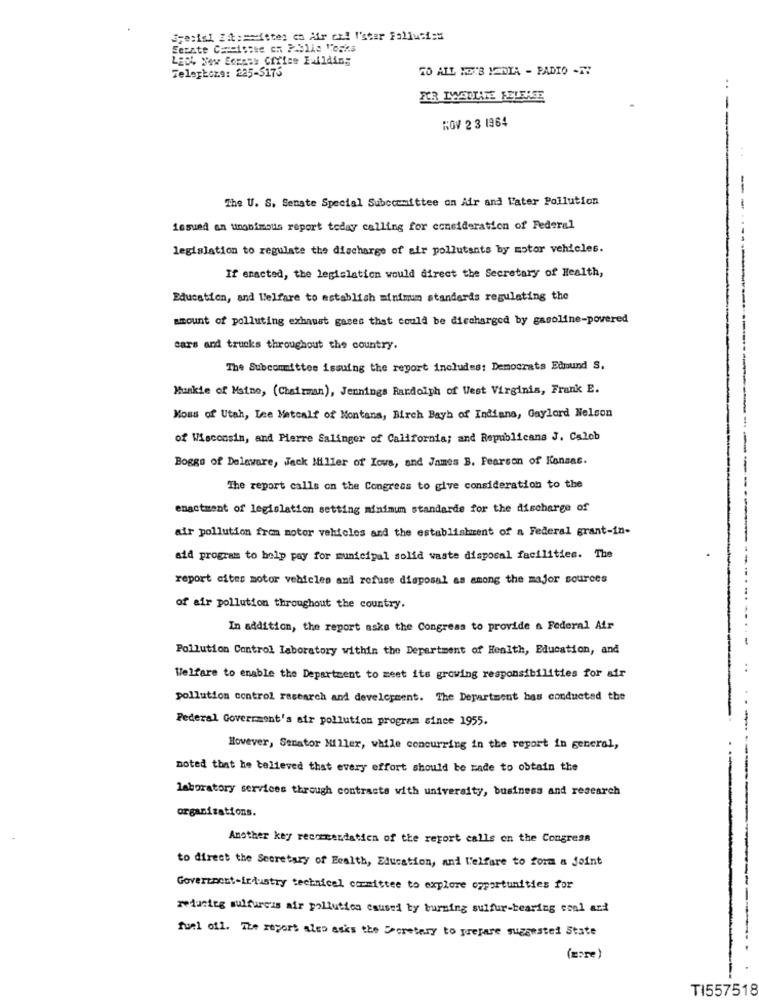
Fetish Zit === itten en Afr cr! I'star Falluti:s
Serate Careistse en Polis Tocks
LED4 New ScenEk CiYies Fulldins
Telephone: 225-5175
TO ALL HOTS MEDIA - PADIO -TY
FCR LYEULATE FELERSE
ROV 2 3 1964
..
The U. S. Senate Special Subccemittee on Air and Later Pollution
---
issued an unanimous report today calling for consideration of Federal
legislation to regulate the discharge of air pollutants by motor vehicles.
If enacted, the legislation would direct the Secretary of Health,
Education, and Welfare to establish minimum standards regulating the
amount of polluting exhaust gases that could be discharged by gasoline-povered
cars and trucks throughout the country.
The Subcommittee issuing the report includes: Democrats Edmund S.
Munkie of Maine, (Chairman), Jennings Randolph of West Virginia, Frank E.
Moms of Utah, Lee Metcalf of Montana, Birch Bayh of Indiana, Gaylord Nelson
of Wisconsin, and Pierre Salinger of California; and Republicans J. Caleb
Boggs of Delaware, Jack Miller of Iowa, and James B. Pearson of Kansas.
The report calls on the Congress to give consideration to the
enactment of legislation setting minimum standarde for the discharge of
air pollution from motor vehicles and the establishment of a Federal grant-in-
aid program to help pay for municipal solid waste disposal facilities. The
report cites motor vehicles and refuse disposal as among the major sources
of air pollution throughout the country.
In addition, the report aske the Congress to provide a Federal Air
Pollution Control laboratory within the Department of Health, Education, and
Welfare to enable the Department to meet its growing responsibilities for air
pollution control research and development. The Department has conducted the
Federal Government's air pollution program since 1955.
However, Senator Miller, while concurring in the report in general,
noted that he believed that every effort should be made to obtain the
laboratory services through contracts with university, business and research
organizations.
Another key recommendation of the report calls on the Congress
to direct the Secretary of Ecalth, Education, and Welfare to form a joint
Government-industry technical committee to explore opportunities for
reducing sulfuress air pollution caused by burning sulfur-bearing cool and
fuel off. The report also asks the Ucretary to prepare suggested State
(zare)
TI557518